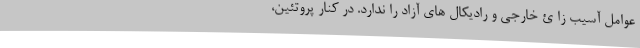
عوامل آسیب زا ئ خارجی و رادیکال های آزاد را ندارد. در کنار پروتئین،